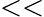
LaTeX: <<